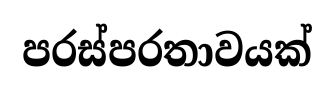
පරස්පරතාවයක්